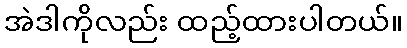
အဲဒါကိုလည်း ထည့်ထားပါတယ်။